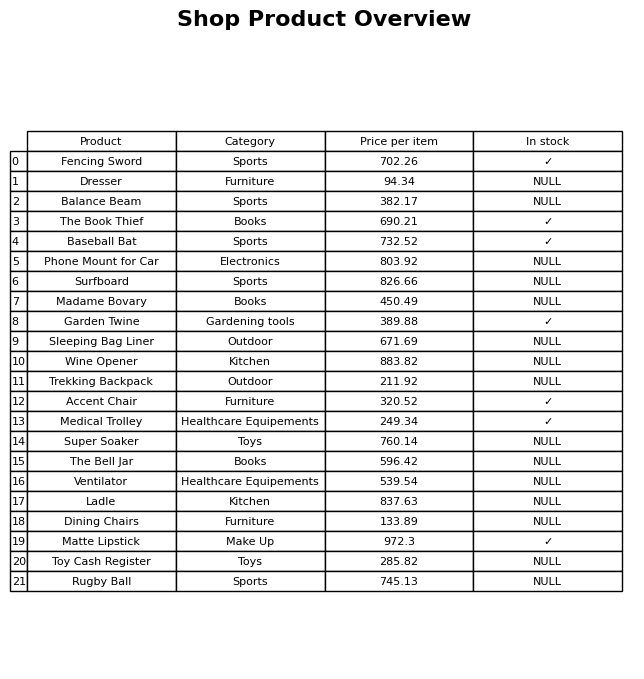
question: What is the price of the The Book Thief?
answer: The price of The Book Thief is 690.21.